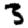
Digit: 3